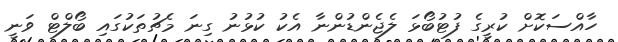
ހާއްސަކޮށް ކުރީގެ ފުޓުބޯޅަ ލެޖެންޑުންނާ އެކު ކުޅުނު ގިނަ މެޗުތަކުގައި ބޯލްޓް ވަނީ